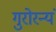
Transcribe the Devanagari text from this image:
गुरोरन्यं